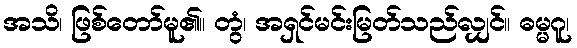
အသိ၊ ဖြစ်တော်မူ၏။ တွံ၊ အရှင်မင်းမြတ်သည်လျှင်။ ဓမ္မဂူ၊